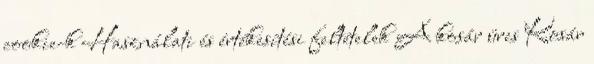
cookie-k Használati és értékesítési feltételek A kosár üres Kosár